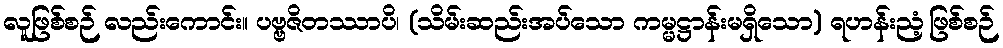
လူဖြစ်စဉ် လည်းကောင်း။ ပဗ္ဗဇိတဿာပိ၊ (သိမ်းဆည်းအပ်သော ကမ္မဋ္ဌာန်းမရှိသော) ရဟန်းညံ့ဖြစ်စဉ်